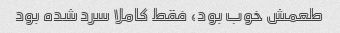
طعمش خوب بود، فقط کاملا سرد شده بود